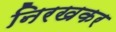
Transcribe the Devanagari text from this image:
निरखकर